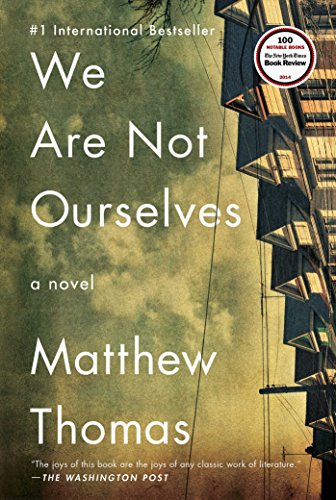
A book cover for We Are Not Ourselves: A Novel; Matthew Thomas; Literature & Fiction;